Civil Veterinary Dept. Bombay admin report 1914-1922 - 1914-1922
Year: 1914
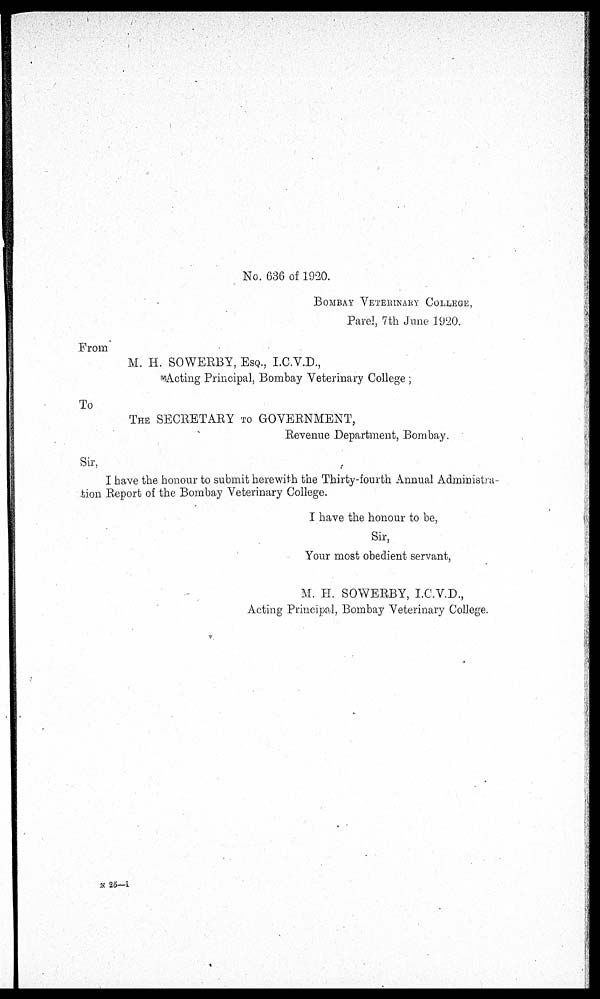
No. 636 of 1920.
BOMBAY VETERINARY COLLEGE,
Parel, 7th June 1920.
From
M. H. SOWERBY, ESQ., I.C.V.D.,
Acting Principal, Bombay Veterinary College ;
To
THE SECRETARY TO GOVERNMENT,
Revenue Department, Bombay.
Sir,
I have the honour to submit herewith the Thirty-fourth Annual Administra-
tion Report of the Bombay Veterinary College.
I have the honour to be,
Sir,
Your most obedient servant,
M. H. SOWERBY, I.C.V.D.,
Acting Principal, Bombay Veterinary College.
N 25—1